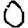
Digit: 0